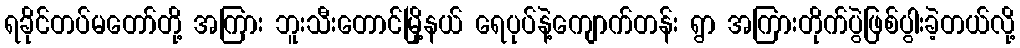
ရခိုင်တပ်မတော်တို့ အကြား ဘူးသီးတောင်မြို့နယ် ရေပုပ်နဲ့ကျောက်တန်း ရွာ အကြားတိုက်ပွဲဖြစ်ပွါးခဲ့တယ်လို့